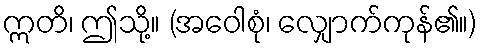
ဣတိ၊ ဤသို့။ (အဝေါစုံ၊ လျှောက်ကုန်၏။)